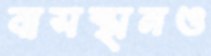
বাসস্থানও